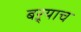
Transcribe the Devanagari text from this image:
बऱ्र्‍याच